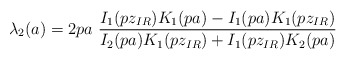
\begin{align*}\lambda_2(a)=2 p a~ \frac {I_1(p z_{IR})K_1(p a)-I_1(p a)K_1(pz_{IR})} {I_2(p a) K_1(p z_{IR})+I_1(p z_{IR})K_2(p a)}\end{align*}